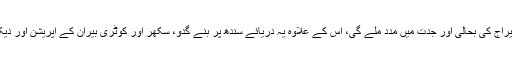
عالمی بینک کی فنڈنگ سے یہ منصوبہ سکھر بیراج کی بحالی اور جدت میں مدد ملے گی، اس کے علاوہ یہ دریائے سندھ پر بنے گدو، سکھر اور کوٹری بیران کے آپریشن اور دیکھ بھالی میں بہتری کے لیے مدد فراہم کرے گا۔